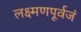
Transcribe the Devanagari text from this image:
लक्ष्मणपूर्वजं